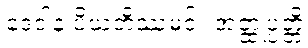
ဒေဝါနံ ပိယတိဿမင်း အတ္ထုပ္ပတ္တိ